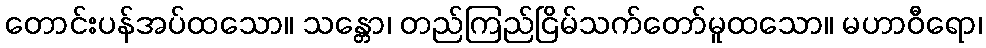
တောင်းပန်အပ်ထသော။ သန္တော၊ တည်ကြည်ငြိမ်သက်တော်မူထသော။ မဟာဝီရော၊